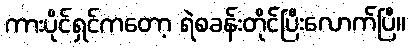
ကားပိုင်ရှင်ကတော့ ရဲစခန်းတိုင်ပြီးလောက်ပြီ။